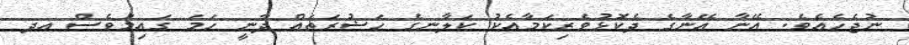
ނުޖެހެއެވެ. އޭނާ އޭނާގެ ދެކޮޅުވެރިކަމާއެކު ކަލާނގެ ހަޟުރަތައް ދާނީ ހަމަ ގައިމުވެސް އދ